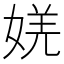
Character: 㛨